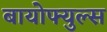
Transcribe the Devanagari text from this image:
बायोफ्युल्स